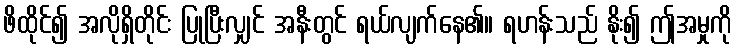
ဖိထိုင်၍ အလိုရှိတိုင်း ပြုပြီးလျှင် အနီးတွင် ရယ်လျက်နေ၏။ ရဟန်းသည် နိုး၍ ဤအမှုကို